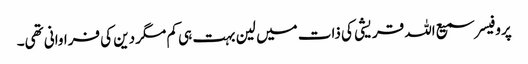
پروفیسر سمیع اللہ قریشی کی ذات میں لین بہت ہی کم مگر دین کی فراوانی تھی۔